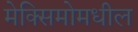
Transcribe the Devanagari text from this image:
मेक्सिमोमधील